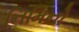
નિમિનો